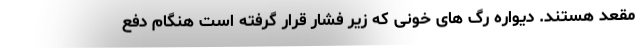
مقعد هستند. دیواره رگ های خونی که زیر فشار قرار گرفته است هنگام دفع